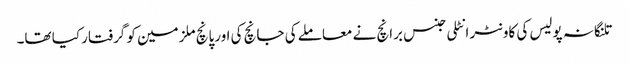
تلنگانہ پولیس کی کاونٹر انٹلی جنس برانچ نے معاملے کی جانچ کی اورپانچ ملزمین کو گرفتار کیا تھا۔